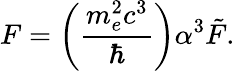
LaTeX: F=\left(\frac{m_{e}^{2}c^{3}}{\hbar}\right)\alpha^{3}\tilde{F}.